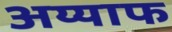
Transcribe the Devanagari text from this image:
अय्याफ